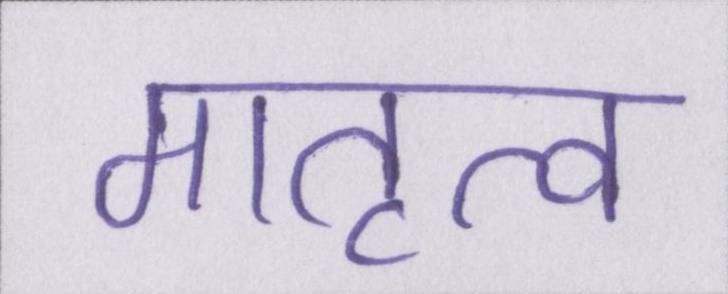
मातृत्व